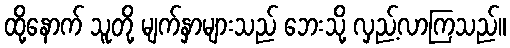
ထို့နောက် သူတို့ မျက်နှာများသည် ဘေးသို့ လှည့်လာကြသည်။